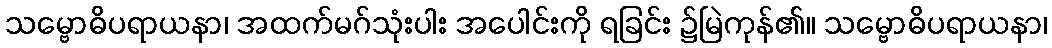
သမ္ဗောဓိပရာယနာ၊ အထက်မဂ်သုံးပါး အပေါင်းကို ရခြင်း ၌မြဲကုန်၏။ သမ္ဗောဓိပရာယနာ၊